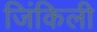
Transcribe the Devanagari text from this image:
जिंकिली